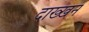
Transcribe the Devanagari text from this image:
दाख्खन